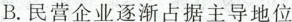
B.民营企业逐渐占据主导地位